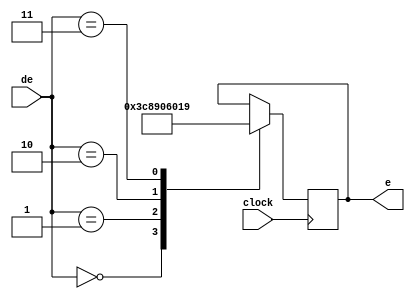
module mostra_destino (
	input [2:0]de,
	input clock,
	output reg[8:0] e
);

always@(posedge clock)
	begin
		case(de)
			2'b00: e <= 7'b1111001;
			2'b01: e <= 7'b0100100;
			2'b10: e <= 7'b0110000;
			2'b11: e <= 7'b0011001;
		endcase
	end
endmodule